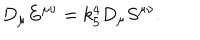
D _ { \mu } E ^ { \mu \nu } = k _ { 5 } ^ { 4 } D _ { \mu } S ^ { \mu \nu } .